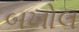
બખોલ